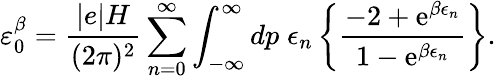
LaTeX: \varepsilon_{0}^{\beta}=\frac{|e|H}{(2\pi)^{2}}\sum_{n=0}^{\infty}\int_{-\infty}^{\infty}dp\; \epsilon_{n}\left\{ \frac{-2+\mathrm{e}^{\beta\epsilon_{n}}}{1-\mathrm{e}^{\beta\epsilon_{n}}}\right\} .